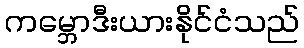
ကမ္ဘောဒီးယားနိုင်ငံသည်